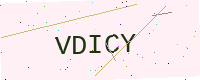
Text: VDICY